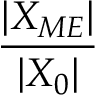
\frac { | X _ { M E } | } { | X _ { 0 } | }